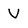
Character: V